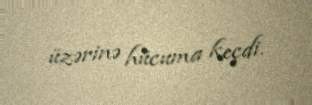
üzərinə hücuma keçdi.